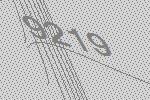
9219